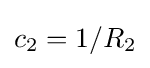
c_{2}=1/R_{2}